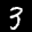
Label: 3